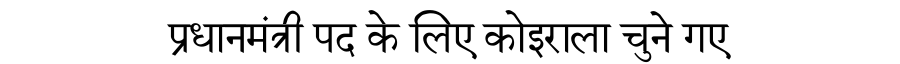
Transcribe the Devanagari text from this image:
प्रधानमंत्री पद के लिए कोइराला चुने गए